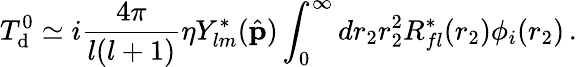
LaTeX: T_{\mathrm{d}}^{0}\simeq i{\frac{4\pi}{l(l+1)}}\eta Y_{lm}^{*}({\hat{\mathbf p}})\int_{0}^{\infty}dr_{2}r_{2}^{2}R_{fl}^{*}(r_{2})\phi_{i}(r_{2})\, .